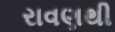
રાવણથી